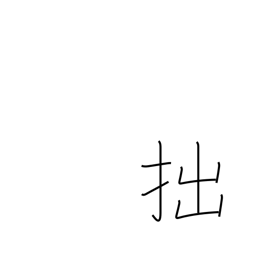
Meaning: unskillful